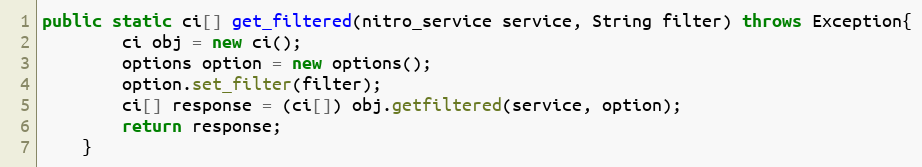
Language: Java
public static ci[] get_filtered(nitro_service service, String filter) throws Exception{
		ci obj = new ci();
		options option = new options();
		option.set_filter(filter);
		ci[] response = (ci[]) obj.getfiltered(service, option);
		return response;
	}